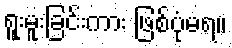
ရူးမူးခြင်းကား ဖြစ်ပုံမရ။